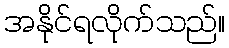
အနိုင်ရလိုက်သည်။